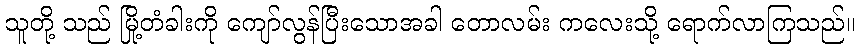
သူတို့ သည် မြို့တံခါးကို ကျော်လွန်ပြီးသောအခါ တောလမ်း ကလေးသို့ ရောက်လာကြသည်။